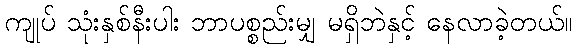
ကျုပ် သုံးနှစ်နီးပါး ဘာပစ္စည်းမျှ မရှိဘဲနှင့် နေလာခဲ့တယ်။